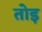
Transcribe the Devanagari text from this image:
तोइ